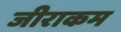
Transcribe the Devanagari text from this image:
जीराकम